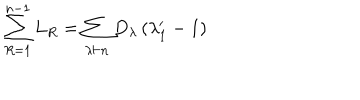
LaTeX: \sum _ { R = 1 } ^ { n - 1 } L _ { R } = \sum _ { \lambda \vdash n } D _ { \lambda } \left( \lambda _ { 1 } ^ { \prime } - 1 \right)